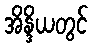
အိန္ဒိယတွင်